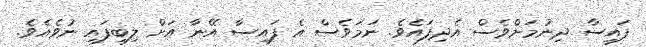
ފައިސާ ދިނުމަށްވެސް އެދިފައެވެ. ނަމަވެސް އެ ފައިސާ އޭނާ އަށް ލިބިފައި ނުވެއެވެ.